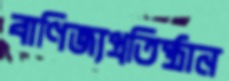
বাণিজ্যপ্রতিষ্ঠান